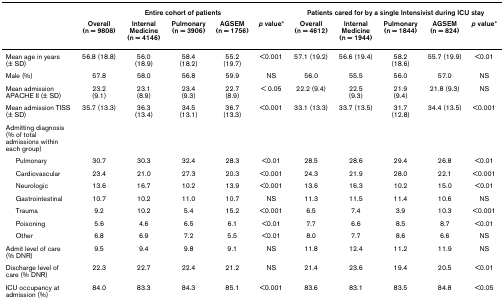
<table><thead><tr><td></td><td colspan="5"><b>Entire cohort of patients</b></td><td colspan="5"><b>Patients cared for by a single Intensivist during ICU stay</b></td></tr><tr><td></td><td><b>Overall(n = 9808)</b></td><td><b>Internal Medicine(n = 4146)</b></td><td><b>Pulmonary(n = 3906)</b></td><td><b>AGSEM(n = 1756)</b></td><td><b><i>p </i>value*</b></td><td><b>Overall(n = 4612)</b></td><td><b>Internal Medicine(n = 1944)</b></td><td><b>Pulmonary(n = 1844)</b></td><td><b>AGSEM(n = 824)</b></td><td><b><i>p </i>value*</b></td></tr></thead><tbody><tr><td>Mean age in years (± SD)</td><td>56.8 (18.8)</td><td>56.0(18.9)</td><td>58.4(18.2)</td><td>55.2(19.7)</td><td>&lt;0.001</td><td>57.1 (19.2)</td><td>56.6 (19.4)</td><td>58.2(18.6)</td><td>55.7 (19.9)</td><td>&lt;0.01</td></tr><tr><td>Male (%)</td><td>57.8</td><td>58.0</td><td>56.8</td><td>59.9</td><td>NS</td><td>56.0</td><td>55.5</td><td>56.0</td><td>57.0</td><td>NS</td></tr><tr><td>Mean admission APACHE II (± SD)</td><td>23.2(9.1)</td><td>23.1(8.9)</td><td>23.4(9.3)</td><td>22.7(8.9)</td><td>&lt; 0.05</td><td>22.2 (9.4)</td><td>22.5(9.3)</td><td>21.9(9.4)</td><td>21.8 (9.3)</td><td>NS</td></tr><tr><td>Mean admission TISS (± SD)</td><td>35.7 (13.3)</td><td>36.3(13.4)</td><td>34.5(13.1)</td><td>36.7(13.3)</td><td>&lt;0.001</td><td>33.1 (13.3)</td><td>33.7 (13.5)</td><td>31.7(12.8)</td><td>34.4 (13.5)</td><td>&lt;0.001</td></tr><tr><td>Admitting diagnosis (% of totaladmissions within each group)</td><td></td><td></td><td></td><td></td><td></td><td></td><td></td><td></td><td></td><td></td></tr><tr><td> Pulmonary</td><td>30.7</td><td>30.3</td><td>32.4</td><td>28.3</td><td>&lt;0.01</td><td>28.5</td><td>28.6</td><td>29.4</td><td>26.8</td><td>&lt;0.01</td></tr><tr><td> Cardiovascular</td><td>23.4</td><td>21.0</td><td>27.3</td><td>20.3</td><td>&lt;0.001</td><td>24.3</td><td>21.9</td><td>28.0</td><td>22.1</td><td>&lt;0.001</td></tr><tr><td> Neurologic</td><td>13.6</td><td>16.7</td><td>10.2</td><td>13.9</td><td>&lt;0.001</td><td>13.6</td><td>16.3</td><td>10.2</td><td>15.0</td><td>&lt;0.01</td></tr><tr><td> Gastrointestinal</td><td>10.7</td><td>10.2</td><td>11.0</td><td>10.7</td><td>NS</td><td>11.3</td><td>11.5</td><td>11.4</td><td>10.6</td><td>NS</td></tr><tr><td> Trauma</td><td>9.2</td><td>10.2</td><td>5.4</td><td>15.2</td><td>&lt;0.001</td><td>6.5</td><td>7.4</td><td>3.9</td><td>10.3</td><td>&lt;0.001</td></tr><tr><td> Poisoning</td><td>5.6</td><td>4.6</td><td>6.5</td><td>6.1</td><td>&lt;0.01</td><td>7.7</td><td>6.6</td><td>8.5</td><td>8.7</td><td>&lt;0.01</td></tr><tr><td> Other</td><td>6.8</td><td>6.9</td><td>7.2</td><td>5.5</td><td>&lt;0.01</td><td>8.0</td><td>7.7</td><td>8.6</td><td>6.6</td><td>NS</td></tr><tr><td>Admit level of care (% DNR)</td><td>9.5</td><td>9.4</td><td>9.8</td><td>9.1</td><td>NS</td><td>11.8</td><td>12.4</td><td>11.2</td><td>11.9</td><td>NS</td></tr><tr><td>Discharge level of care (% DNR)</td><td>22.3</td><td>22.7</td><td>22.4</td><td>21.2</td><td>NS</td><td>21.4</td><td>23.6</td><td>19.4</td><td>20.5</td><td>&lt;0.01</td></tr><tr><td>ICU occupancy at admission (%)</td><td>84.0</td><td>83.3</td><td>84.3</td><td>85.1</td><td>&lt;0.001</td><td>83.6</td><td>83.1</td><td>83.5</td><td>84.8</td><td>&lt;0.05</td></tr></tbody></table>